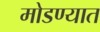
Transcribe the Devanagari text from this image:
मोडण्यात